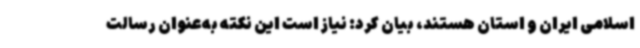
اسلامی ایران و استان هستند، بیان کرد: نیاز است این نکته به‌عنوان رسالت